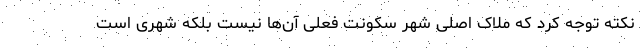
نکته توجه کرد که ملاک اصلی شهر سکونت فعلی آن­ها نیست بلکه شهری است